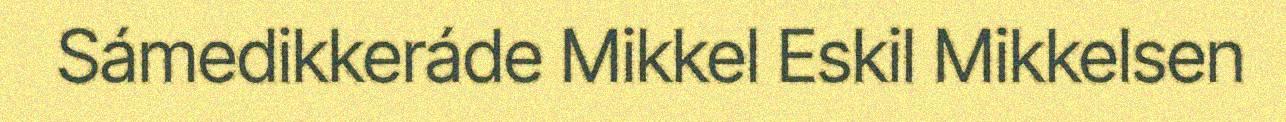
Sámedikkeráde Mikkel Eskil Mikkelsen